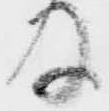
及